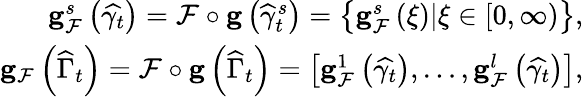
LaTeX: \begin{array}{r}{\mathbf{g}_{\mathcal{F}}^{s}\left(\widehat{\gamma_{t}}\right)=\mathcal{F}\circ\mathbf{g}\left(\widehat{\gamma}_{t}^{s}\right)=\left\{ \mathbf{g}_{\mathcal{F}}^{s}\left(\xi\right)\vert\xi\in\left[0,\infty\right)\right\} ,}\\ {\mathbf{g}_{\mathcal{F}}\left(\widehat{\Gamma}_{t}\right)=\mathcal{F}\circ\mathbf{g}\left(\widehat{\Gamma}_{t}\right)=\left[\mathbf{g}_{\mathcal{F}}^{1}\left(\widehat{\gamma_{t}}\right),\ldots,\mathbf{g}_{\mathcal{F}}^{l}\left(\widehat{\gamma_{t}}\right)\right],}\end{array}